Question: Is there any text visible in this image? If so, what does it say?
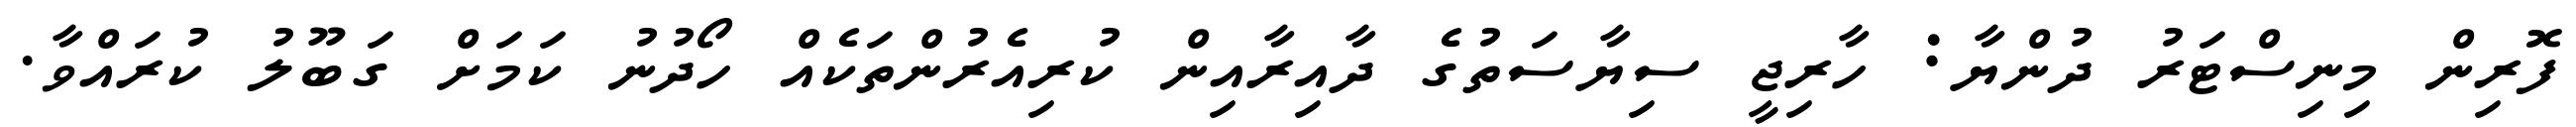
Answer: ފޮރިން މިނިސްޓަރު ދުންޔާ: ހާރިޖީ ސިޔާސަތުގެ ދާއިރާއިން ކުރިއެރުންތަކެއް ހޯދުނު ކަމަށް ގަބޫލު ކުރައްވާ.